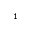
_ 1